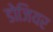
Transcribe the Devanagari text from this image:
डोजियर